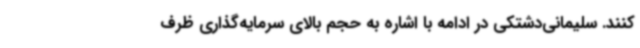
کنند. سلیمانی‌دشتکی در ادامه با اشاره به حجم بالای سرمایه‌گذاری ظرف